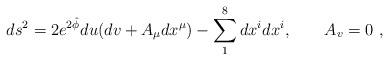
LaTeX: \begin{align*}ds^2 = 2 e^{2\hat \phi} du (dv + A_{\mu} dx^\mu )- \sum_1^8dx^i dx^i,\qquad A_v =0 \ ,\end{align*}